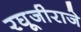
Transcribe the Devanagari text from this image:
रघूजीराजे